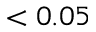
< 0 . 0 5